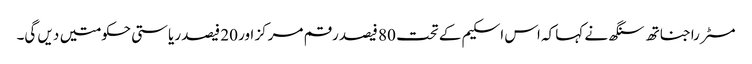
مسٹر راجناتھ سنگھ نے کہا کہ اس اسکیم کے تحت 80 فیصد رقم مرکز اور 20 فیصد ریاستی حکومتیں دیں گی۔